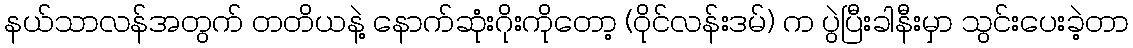
နယ်သာလန်အတွက် တတိယနဲ့ နောက်ဆုံးဂိုးကိုတော့ (ဝိုင်လန်းဒမ်) က ပွဲပြီးခါနီးမှာ သွင်းပေးခဲ့တာ